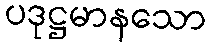
ပဒုဋ္ဌမာနသော